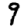
Digit: 9